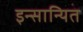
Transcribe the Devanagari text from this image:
इन्सान्यित